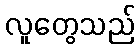
လူတွေသည်